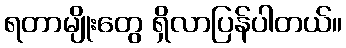
ရတာမျိုးတွေ ရှိလာပြန်ပါတယ်။